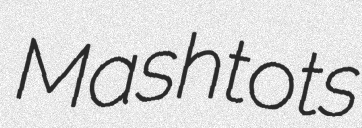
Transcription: Mashtots